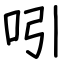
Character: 吲